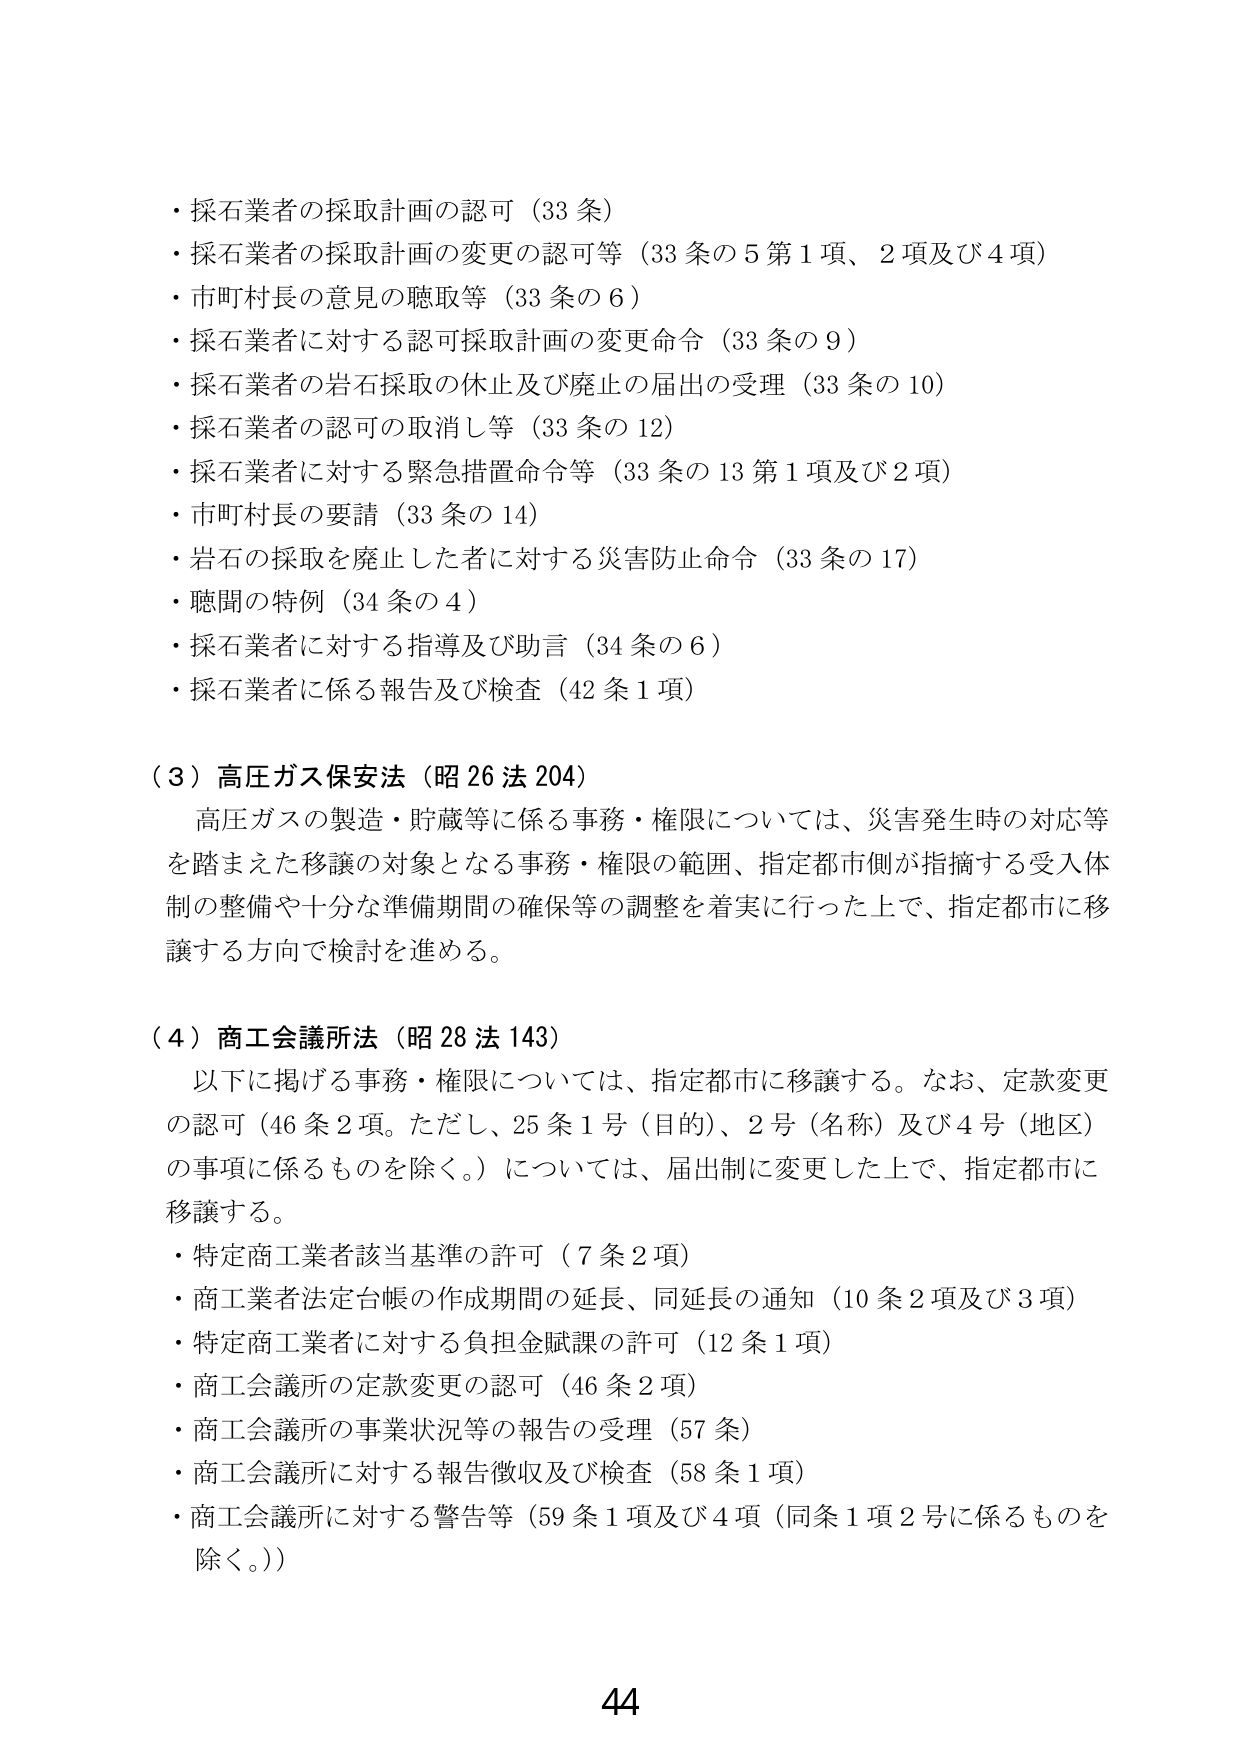
・採石業者の採取計画の認可（33条）
・採石業者の採取計画の変更の認可等（33条の5第1項、2項及び4項）
・市町村長の意見の聴取等（33条の6）
・採石業者に対する認可採取計画の変更命令（33条の9）
・採石業者の岩石採取の休止及び廃止の届出の受理（33条の10）
・採石業者の認可の取消し等（33条の12）
・採石業者に対する緊急措置命令等（33条の13第1項及び2項）
・市町村長の要請（33条の14）
・岩石の採取を廃止した者に対する災害防止命令（33条の17）
・聴聞の特例（34条の4）
・採石業者に対する指導及び助言（34条の6）
・採石業者に係る報告及び検査（42条1項）

（3）高圧ガス保安法（昭26法204）
　高圧ガスの製造・貯蔵等に係る事務・権限については、災害発生時の対応等を踏まえた移譲の対象となる事務・権限の範囲、指定都市側が指摘する受入体制の整備や十分な準備期間の確保等の調整を着実に行った上で、指定都市に移譲する方向で検討を進める。

（4）商工会議所法（昭28法143）
　以下に掲げる事務・権限については、指定都市に移譲する。なお、定款変更の認可（46条2項。ただし、25条1号（目的）、2号（名称）及び4号（地区）の事項に係るものを除く。）については、届出制に変更した上で、指定都市に移譲する。
・特定商工業者該当基準の許可（7条2項）
・商工業者法定台帳の作成期間の延長、同延長の通知（10条2項及び3項）
・特定商工業者に対する負担金賦課の許可（12条1項）
・商工会議所の定款変更の認可（46条2項）
・商工会議所の事業状況等の報告の受理（57条）
・商工会議所に対する報告徴収及び検査（58条1項）
・商工会議所に対する警告等（59条1項及び4項（同条1項2号に係るものを除く。））

44